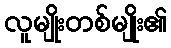
လူမျိုးတစ်မျိုး၏